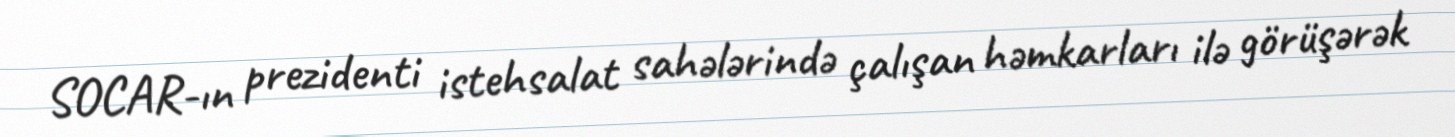
SOCAR-ın prezidenti istehsalat sahələrində çalışan həmkarları ilə görüşərək